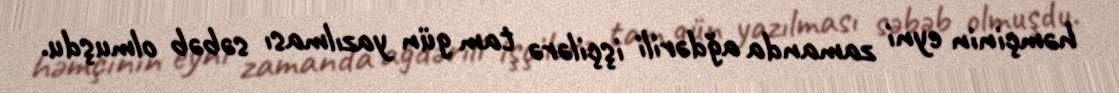
həmçinin eyni zamanda ağdərili işçilərə tam gün yazılması səbəb olmuşdu.